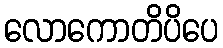
လောကောတိပိပေ